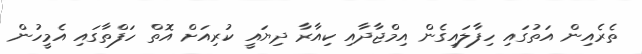
ތެރެއިން އަތުގައި ހިފާލައިގެން އިމްޖާދާއި ކިއާރާ ދިޔައީ ކުރިއަށް އޮތް ހަފްތާގައި އެމީހުން